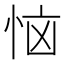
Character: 恼